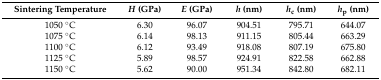
| Sintering Temperature | H (GPa) | E (GPa) | h (nm) | hc (nm) | hp (nm) |
 | --- | --- | --- | --- | --- | --- |
 | 1050 °C | 6.30 | 96.07 | 904.51 | 795.71 | 644.07 |
 | 1075 °C | 6.14 | 98.13 | 911.15 | 805.44 | 663.29 |
 | 1100 °C | 6.12 | 93.49 | 918.08 | 807.19 | 675.80 |
 | 1125 °C | 5.89 | 98.57 | 924.91 | 822.58 | 662.88 |
 | 1150 °C | 5.62 | 90.00 | 951.34 | 842.80 | 682.11 |